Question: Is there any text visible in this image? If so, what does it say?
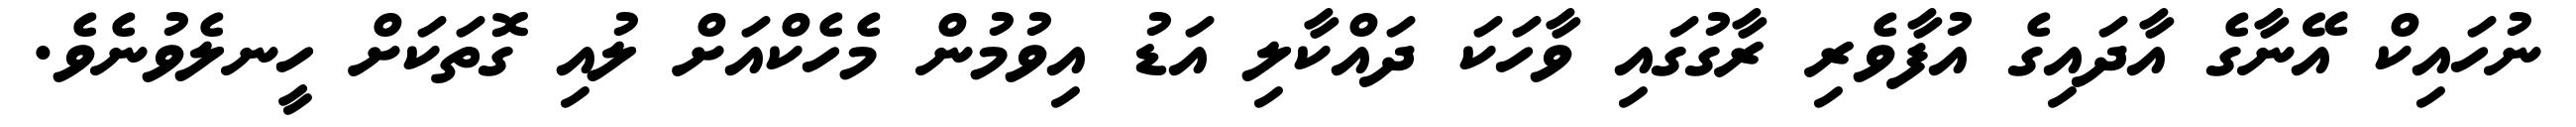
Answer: ނުހައިކް އޭނާގެ އާދައިގެ އުފާވެރި ރާގުގައި ވާހަކަ ދައްކާލި އަޑު އިވުމުން މެހެކްއަށް ލުއި ގޮތަކަށް ހީނލެވުނެވެ.